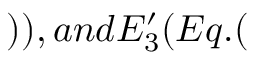
) ) , a n d E _ { 3 } ^ { \prime } ( E q . (